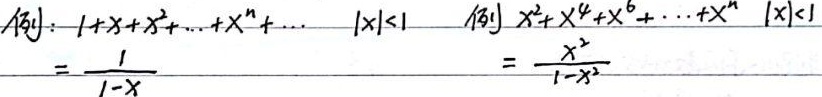
例：\(1 + x + x^{2}+\cdots + x^{n}+\cdots\quad |x| < 1\)
\(=\frac{1}{1 - x}\)
例：\(x^{2}+x^{4}+x^{6}+\cdots + x^{n}\quad |x| < 1\)
\(=\frac{x^{2}}{1 - x^{2}}\)